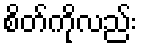
စိတ်ကိုလည်း